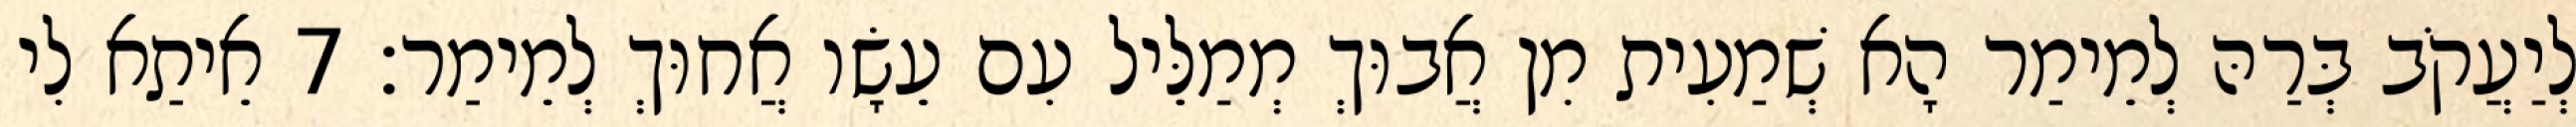
לְיַעֲקֹב בְּרַהּ לְמֵימַר הָא שְׁמַעִית מִן אֲבוּךְ מְמַלֵּיל עִם עֵשָׂו אֲחוּךְ לְמֵימַר׃ 7 אֵיתַא לִי